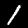
Digit: 1